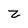
Character: Z